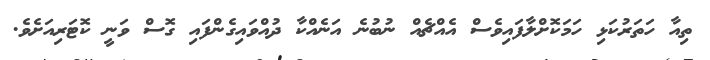
ތިއާ ހަތަރުކަޅި ހަމަކޮށްލާފައިވެސް އެއްޗެއް ނުބުނެ އަނެއްކާ ދުއްވައިގެންފައި ގޮސް ވަނީ ކޮޓަރިއަށެވެ.